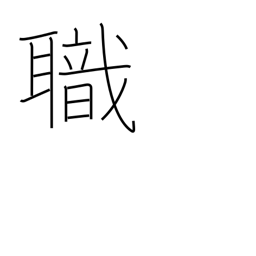
Meaning: employment